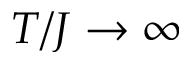
T / J \rightarrow \infty